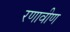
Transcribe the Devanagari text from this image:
रणावीण